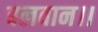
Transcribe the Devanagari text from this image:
बलवान।।